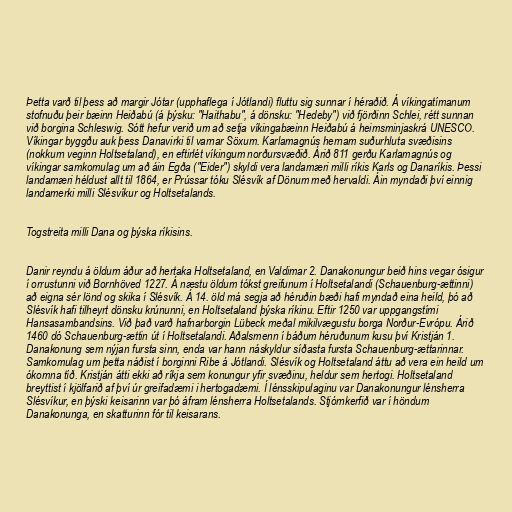
Þetta varð til þess að margir Jótar (upphaflega í Jótlandi) fluttu sig sunnar í héraðið. Á víkingatímanum
stofnuðu þeir bæinn Heiðabú (á þýsku: "Haithabu", á dönsku: "Hedeby") við fjörðinn Schlei, rétt sunnan
við borgina Schleswig. Sótt hefur verið um að setja víkingabæinn Heiðabú á heimsminjaskrá UNESCO.
Víkingar byggðu auk þess Danavirki til varnar Söxum. Karlamagnús hernam suðurhluta svæðisins
(nokkurn veginn Holtsetaland), en eftirlét víkingum norðursvæðið. Árið 811 gerðu Karlamagnús og
víkingar samkomulag um að áin Egða ("Eider") skyldi vera landamæri milli ríkis Karls og Danaríkis. Þessi
landamæri héldust allt til 1864, er Prússar tóku Slésvík af Dönum með hervaldi. Áin myndaði því einnig
landamerki milli Slésvíkur og Holtsetalands.

Togstreita milli Dana og þýska ríkisins.

Danir reyndu á öldum áður að hertaka Holtsetaland, en Valdimar 2. Danakonungur beið hins vegar ósigur
í orrustunni við Bornhöved 1227. Á næstu öldum tókst greifunum í Holtsetalandi (Schauenburg-ættinni)
að eigna sér lönd og skika í Slésvík. Á 14. öld má segja að héruðin bæði hafi myndað eina heild, þó að
Slésvík hafi tilheyrt dönsku krúnunni, en Holtsetaland þýska ríkinu. Eftir 1250 var uppgangstími
Hansasambandsins. Við það varð hafnarborgin Lübeck meðal mikilvægustu borga Norður-Evrópu. Árið
1460 dó Schauenburg-ættin út í Holtsetalandi. Aðalsmenn í báðum héruðunum kusu því Kristján 1.
Danakonung sem nýjan fursta sinn, enda var hann náskyldur síðasta fursta Schauenburg-ættarinnar.
Samkomulag um þetta náðist í borginni Ribe á Jótlandi. Slésvík og Holtsetaland áttu að vera ein heild um
ókomna tíð. Kristján átti ekki að ríkja sem konungur yfir svæðinu, heldur sem hertogi. Holtsetaland
breyttist í kjölfarið af því úr greifadæmi i hertogadæmi. Í lénsskipulaginu var Danakonungur lénsherra
Slésvíkur, en þýski keisarinn var þó áfram lénsherra Holtsetalands. Stjórnkerfið var í höndum
Danakonunga, en skatturinn fór til keisarans.